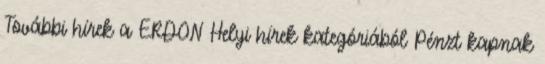
További hírek a ERDON Helyi hírek kategóriából Pénzt kapnak